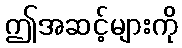
ဤအဆင့်များကို